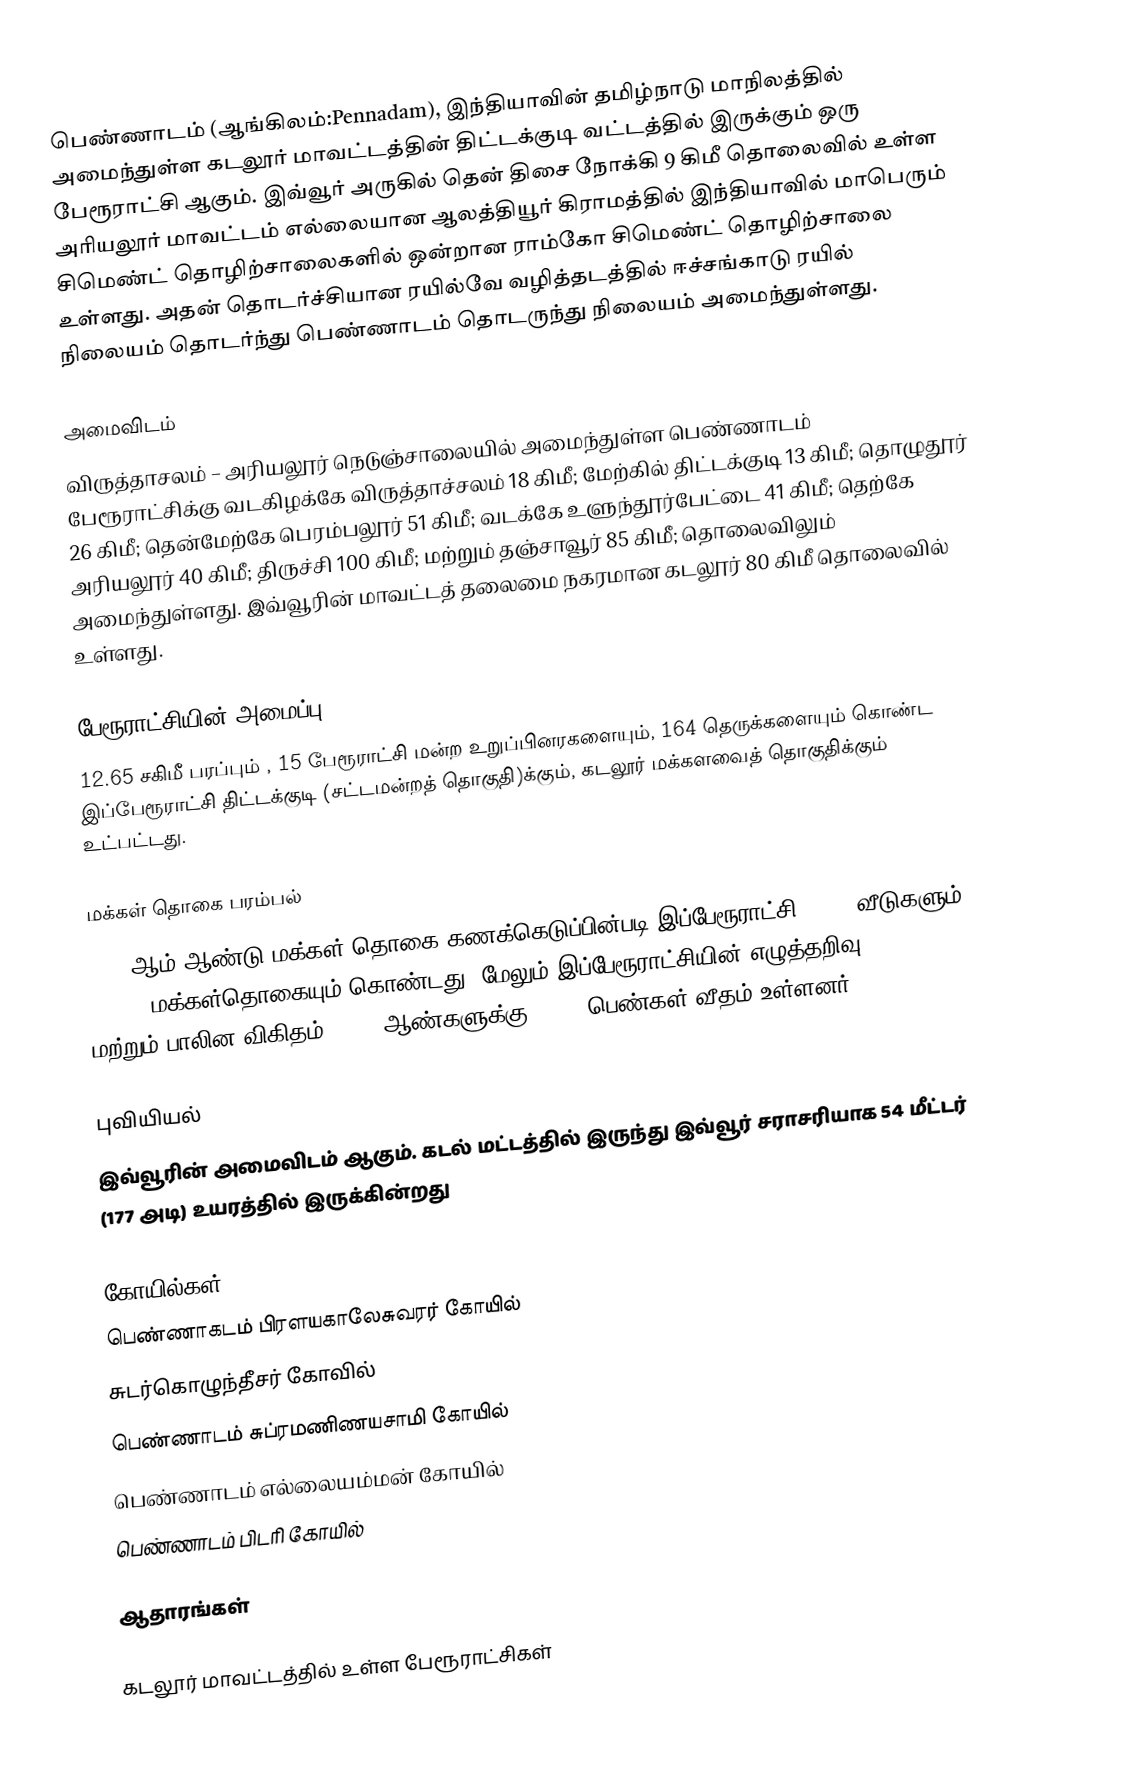
பெண்ணாடம் (ஆங்கிலம்:Pennadam), இந்தியாவின் தமிழ்நாடு மாநிலத்தில் அமைந்துள்ள கடலூர் மாவட்டத்தின் திட்டக்குடி வட்டத்தில் இருக்கும் ஒரு பேரூராட்சி ஆகும். இவ்வூர் அருகில் தென் திசை நோக்கி 9 கிமீ தொலைவில் உள்ள அரியலூர் மாவட்டம் எல்லையான ஆலத்தியூர் கிராமத்தில் இந்தியாவில் மாபெரும் சிமெண்ட் தொழிற்சாலைகளில் ஒன்றான ராம்கோ சிமெண்ட் தொழிற்சாலை உள்ளது.  அதன் தொடர்ச்சியான ரயில்வே வழித்தடத்தில் ஈச்சங்காடு ரயில் நிலையம் தொடர்ந்து பெண்ணாடம் தொடருந்து நிலையம் அமைந்துள்ளது.

அமைவிடம்
விருத்தாசலம் – அரியலூர் நெடுஞ்சாலையில் அமைந்துள்ள பெண்ணாடம் பேரூராட்சிக்கு வடகிழக்கே விருத்தாச்சலம் 18 கிமீ; மேற்கில் திட்டக்குடி 13 கிமீ; தொழுதூர் 26 கிமீ; தென்மேற்கே பெரம்பலூர் 51 கிமீ; வடக்கே உளுந்தூர்பேட்டை 41 கிமீ; தெற்கே அரியலூர் 40 கிமீ; திருச்சி 100 கிமீ; மற்றும் தஞ்சாவூர் 85 கிமீ; தொலைவிலும் அமைந்துள்ளது. இவ்வூரின் மாவட்டத் தலைமை நகரமான கடலூர் 80 கிமீ தொலைவில் உள்ளது.

பேரூராட்சியின் அமைப்பு
12.65 சகிமீ பரப்பும் , 15  பேரூராட்சி மன்ற உறுப்பினரகளையும்,    164 தெருக்களையும் கொண்ட  இப்பேரூராட்சி திட்டக்குடி (சட்டமன்றத் தொகுதி)க்கும், கடலூர் மக்களவைத் தொகுதிக்கும் உட்பட்டது.

மக்கள் தொகை பரம்பல்
2011-ஆம் ஆண்டு மக்கள் தொகை கணக்கெடுப்பின்படி   இப்பேரூராட்சி    4,708   வீடுகளும், 19,494 மக்கள்தொகையும் கொண்டது. மேலும் இப்பேரூராட்சியின் எழுத்தறிவு  78.22% மற்றும்  பாலின விகிதம் 1,000 ஆண்களுக்கு,  1005 பெண்கள் வீதம் உள்ளனர்.

புவியியல்
இவ்வூரின் அமைவிடம்  ஆகும். கடல் மட்டத்தில் இருந்து இவ்வூர் சராசரியாக 54 மீட்டர் (177 அடி) உயரத்தில் இருக்கின்றது

கோயில்கள்
 பெண்ணாகடம் பிரளயகாலேசுவரர் கோயில்
 சுடர்கொழுந்தீசர் கோவில்
 பெண்ணாடம் சுப்ரமணிணயசாமி கோயில்
 பெண்ணாடம் எல்லையம்மன் கோயில்
 பெண்ணாடம் பிடரி கோயில்

ஆதாரங்கள்

கடலூர் மாவட்டத்தில் உள்ள பேரூராட்சிகள்